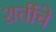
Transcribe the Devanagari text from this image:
शर्तीचे